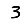
Digit: 3